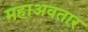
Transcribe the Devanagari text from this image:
महाअवतार